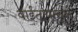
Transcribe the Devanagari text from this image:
वाईटापासून